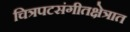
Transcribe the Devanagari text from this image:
चित्रपटसंगीतक्षेत्रात